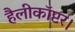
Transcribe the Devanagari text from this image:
हैलीकॉप्टर।